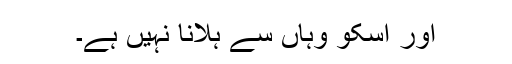
اور اسکو وہاں سے ہلانا نہیں ہے۔